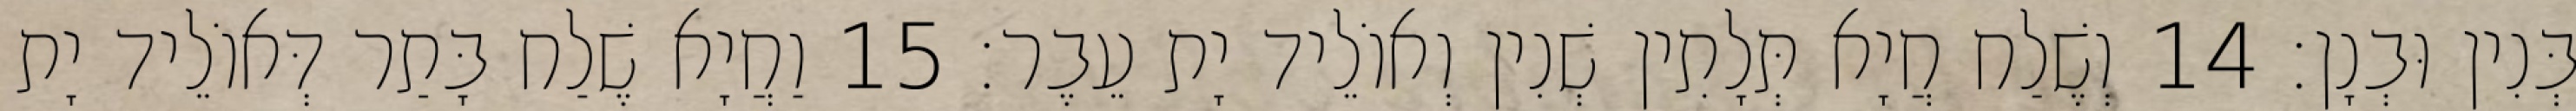
בְּנִין וּבְנָן׃ 14 וְשֶׁלַח חֲיָא תְּלָתִין שְׁנִין וְאוֹלֵיד יָת עֵבֶר׃ 15 וַחֲיָא שֶׁלַח בָּתַר דְּאוֹלֵיד יָת